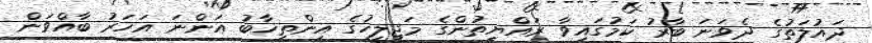
ދައުލަތުގެ ދެވަނަ ބާރު ކަމުގައިވާ ރައްޔިތުންގެ މަޖިލީހުގެ އިންތިޚާބު އަންނަ އަހަރު ބާއްވަން